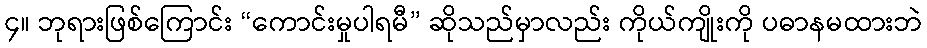
၄။ ဘုရားဖြစ်ကြောင်း “ကောင်းမှုပါရမီ” ဆိုသည်မှာလည်း ကိုယ်ကျိုးကို ပဓာနမထားဘဲ